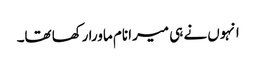
انہوں نے ہی میرا نام ماورا رکھا تھا۔